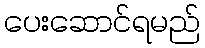
ပေးဆောင်ရမည်